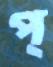
প্